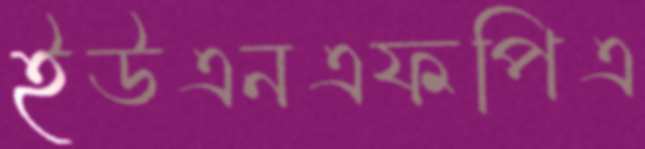
ইউএনএফপিএ